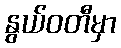
နွယ်ဝတီမှာ